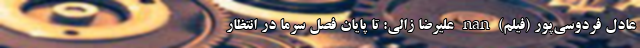
عادل فردوسی‌پور (فیلم) nan علیرضا زالی: تا پایان فصل سرما در انتظار